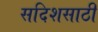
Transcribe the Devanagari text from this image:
सदिशसाठी